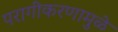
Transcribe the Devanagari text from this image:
परागीकरणामुळे